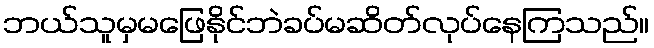
ဘယ်သူမှမဖြေနိုင်ဘဲခပ်မဆိတ်လုပ်နေကြသည်။